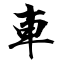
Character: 車